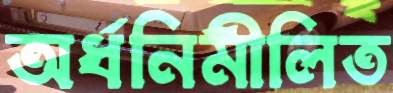
অর্ধনিমীলিত